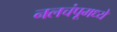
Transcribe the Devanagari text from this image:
नलचंपूमध्ये